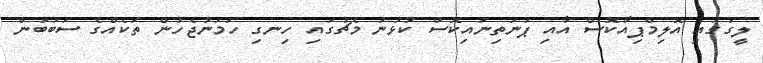
ލީގުގައި އޮލިމްޕިއާކޮސް އާއި ޕަނަތިނައިކޮސް ކުޅުނު މެޗުގައި ހިނގި ހަމަނުޖެހުން ތަކެއްގެ ސަބަބުން